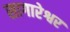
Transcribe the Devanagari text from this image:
सागारेश्वर